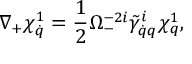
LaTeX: \nabla _ { + } \chi _ { \dot { q } } ^ { 1 } = \frac 1 2 \Omega _ { - } ^ { - 2 i } \tilde { \gamma } _ { \dot { q } q } ^ { i } \chi _ { q } ^ { 1 } ,